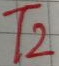
Text: T2